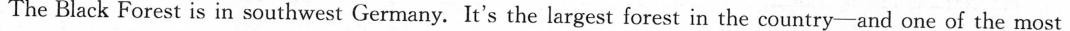
The Black Forest is in southwest Germany. It's the largest forest in the country-and one of the most